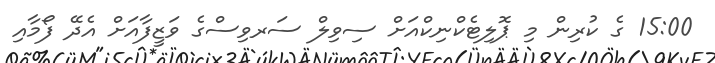
15:00 ގެ ކުރިން މި ޕޮލިޓެކްނިކްއަށް ސިވިލް ސަރވިސްގެ ވަޒީފާއަށް އެދޭ ފޯމާއި